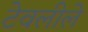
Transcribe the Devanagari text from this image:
टेवलीले